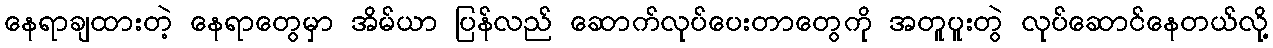
နေရာချထားတဲ့ နေရာတွေမှာ အိမ်ယာ ပြန်လည် ဆောက်လုပ်ပေးတာတွေကို အတူပူးတွဲ လုပ်ဆောင်နေတယ်လို့